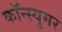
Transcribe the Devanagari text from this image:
कॉन्स्युमर